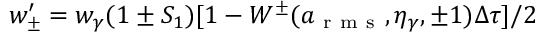
w _ { \pm } ^ { \prime } = w _ { \gamma } ( 1 \pm S _ { 1 } ) [ 1 - W ^ { \pm } ( a _ { \mathrm { ~ r ~ m ~ s ~ } } , \eta _ { \gamma } , \pm 1 ) \Delta \tau ] / 2